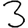
Digit: 3